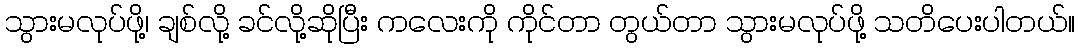
သွားမလုပ်ဖို့၊ ချစ်လို့ ခင်လို့ဆိုပြီး ကလေးကို ကိုင်တာ တွယ်တာ သွားမလုပ်ဖို့ သတိပေးပါတယ်။